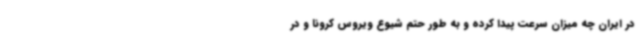
در ایران چه میزان سرعت پیدا کرده و به طور حتم شیوع ویروس کرونا و در